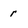
Character: r